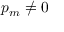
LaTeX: p _ { m } \neq 0